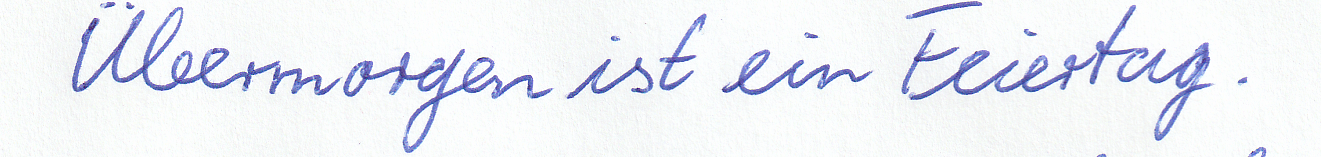
Übermorgen ist ein Feiertag.